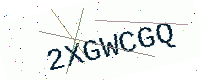
Text: 2XGWCGQ